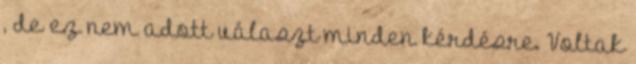
, de ez nem adott választ minden kérdésre. Voltak